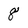
Character: 8